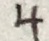
4